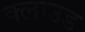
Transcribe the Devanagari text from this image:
क्‍लाउड